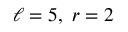
\ell = 5 , \ r = 2